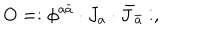
O = : \phi ^ { a \bar { a } } \cdot J _ { a } \cdot \bar { J } _ { \bar { a } } : ,